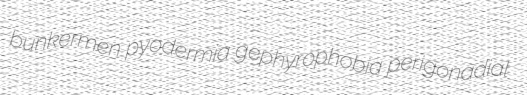
bunkermen pyodermia gephyrophobia perigonadial